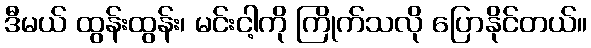
ဒီမယ် ထွန်းထွန်း၊ မင်းငါ့ကို ကြိုက်သလို ပြောနိုင်တယ်။